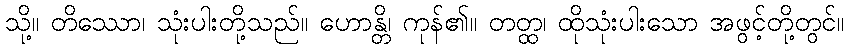
သို့။ တိဿော၊ သုံးပါးတို့သည်။ ဟောန္တိ၊ ကုန်၏။ တတ္ထ၊ ထိုသုံးပါးသော အဖွင့်တို့တွင်။